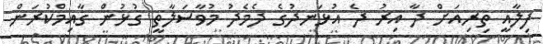
ފިލާއީ ތިރިއަށް ދާ އިރު ދެ އުޅަނދުގެ ދެމެދު މުވާސަލާތީ ގުޅުން ގާއިމްކުރަން